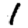
Digit: 1